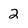
Character: 2